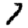
Digit: 7